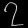
Digit: ၇